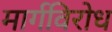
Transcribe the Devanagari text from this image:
मार्गविरोध